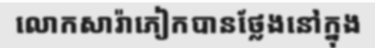
លោកសារ៉ាភៀកបានថ្លែងនៅក្នុង